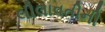
લીલાવતીની